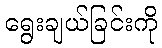
ရွေးချယ်ခြင်းကို